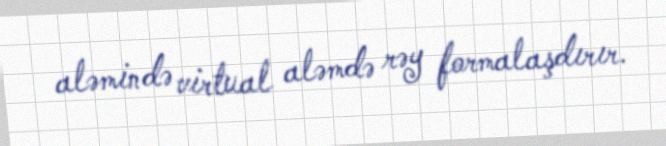
aləmində virtual aləmdə rəy formalaşdırır.